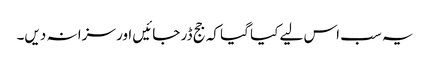
یہ سب اس لیے کیا گیا کہ جج ڈر جائیں اور سزا نہ دیں۔